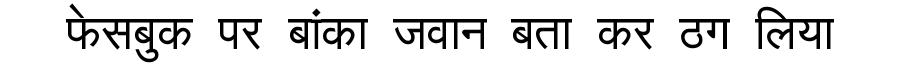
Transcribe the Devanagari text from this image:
फेसबुक पर बांका जवान बता कर ठग लिया